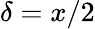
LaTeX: \delta=x/2